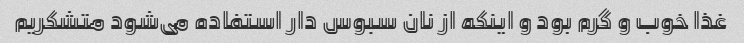
غذا خوب و گرم بود و اینکه از نان سبوس دار استفاده می‌شود متشکریم